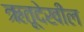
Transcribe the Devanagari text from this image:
ऋतूदेखील